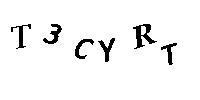
T3CYRT